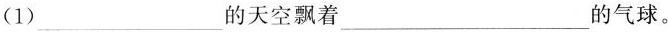
(1)___的天空飘着___的气球。